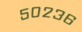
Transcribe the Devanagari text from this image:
५०२३६